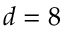
d = 8